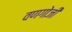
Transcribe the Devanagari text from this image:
वणगोजी